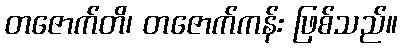
တဇောက်တိ၊ တဇောက်ကန်း ဖြစ်သည်။